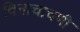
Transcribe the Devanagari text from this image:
विनाचाचणी